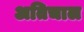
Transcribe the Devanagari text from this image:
अतिचाल